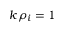
k \rho _ { i } = 1